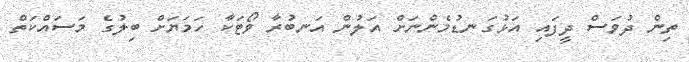
ތިން ދުވަސް ދީފައި އަޅުގަނޑުމެންނަށް އަލުން އަނބުރާ ވޯޓަކާ ހަމަޔަށް ބިލުގެ މަސައްކަތް